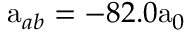
\mathrm { a } _ { a b } = - 8 2 . 0 \mathrm { a } _ { 0 }